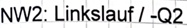
Text: NW2: Linkslauf / -Q2